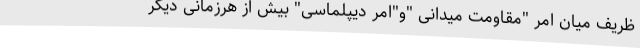
ظریف میان امر "مقاومت میدانی "و"امر دیپلماسی" بیش از هرزمانی دیگر